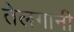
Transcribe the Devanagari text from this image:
तेलगानी